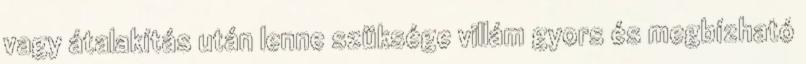
vagy átalakítás után lenne szüksége villám gyors és megbízható